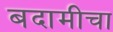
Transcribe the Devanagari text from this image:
बदामीचा